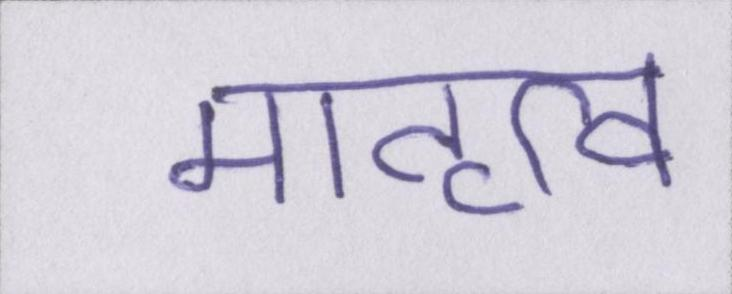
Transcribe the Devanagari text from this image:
मातृत्व